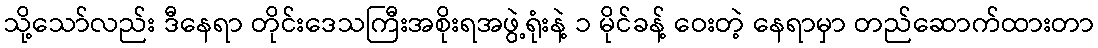
သို့သော်လည်း ဒီနေရာ တိုင်းဒေသကြီးအစိုးရအဖွဲ့ရုံးနဲ့ ၁ မိုင်ခန့် ဝေးတဲ့ နေရာမှာ တည်ဆောက်ထားတာ